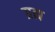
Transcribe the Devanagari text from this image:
ग्रह्य